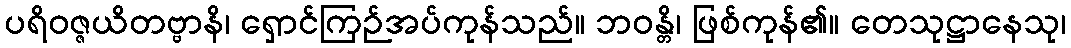
ပရိဝဇ္ဇယိတဗ္ဗာနိ၊ ရှောင်ကြဉ်အပ်ကုန်သည်။ ဘဝန္တိ၊ ဖြစ်ကုန်၏။ တေသုဋ္ဌာနေသု၊